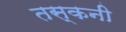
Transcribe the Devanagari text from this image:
तस्कनी